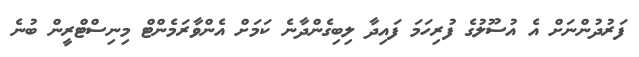
ފަރުދުންނަށް އެ އުސޫލުގެ ފުރިހަމަ ފައިދާ ލިބިގެންދާނެ ކަމަށް އެންވާރަމެންޓް މިނިސްޓްރީން ބުނެ